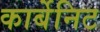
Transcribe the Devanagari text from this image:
कार्बेनिट